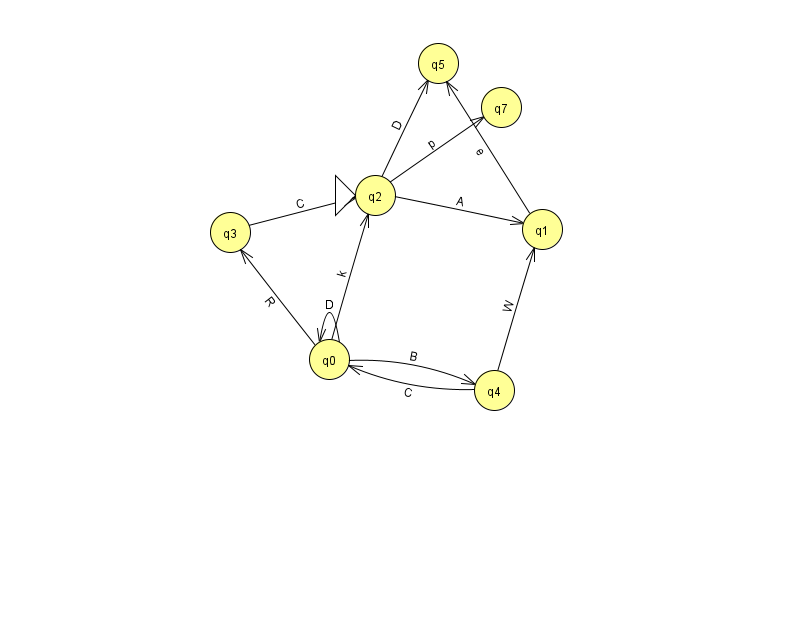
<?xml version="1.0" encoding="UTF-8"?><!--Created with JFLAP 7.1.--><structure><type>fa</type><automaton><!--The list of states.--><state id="0" name="q0"><x>329.0</x><y>346.0</y></state><state id="1" name="q1"><x>542.0</x><y>216.0</y></state><state id="2" name="q2"><x>375.0</x><y>182.0</y><initial/></state><state id="3" name="q3"><x>230.0</x><y>219.0</y></state><state id="4" name="q4"><x>494.0</x><y>377.0</y></state><state id="5" name="q5"><x>438.0</x><y>50.0</y></state><state id="7" name="q7"><x>501.0</x><y>94.0</y></state><!--The list of transitions.--><transition><from>2</from><to>1</to><read>A</read></transition><transition><from>0</from><to>0</to><read>D</read></transition><transition><from>0</from><to>3</to><read>R</read></transition><transition><from>1</from><to>5</to><read>e</read></transition><transition><from>2</from><to>5</to><read>D</read></transition><transition><from>2</from><to>7</to><read>p</read></transition><transition><from>0</from><to>2</to><read>k</read></transition><transition><from>4</from><to>0</to><read>C</read></transition><transition><from>4</from><to>1</to><read>W</read></transition><transition><from>0</from><to>4</to><read>B</read></transition><transition><from>3</from><to>2</to><read>C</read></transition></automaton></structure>